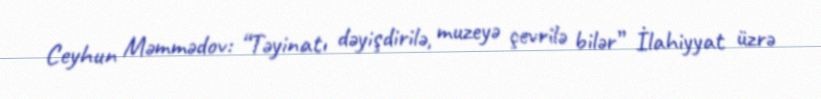
Ceyhun Məmmədov: “Təyinatı dəyişdirilə, muzeyə çevrilə bilər” İlahiyyat üzrə